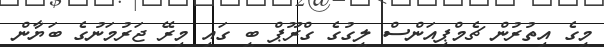
މީގެ އިތުރުން ޗެމްޕިއަންސް ލީގުގެ ގްރޫޕް ބީ ގައި މިރޭ ޖަރުމަނުގެ ބަޔާން